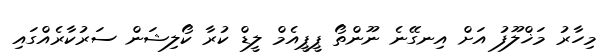
މިހާރު މަޚްލޫފު އަށް އިނގޭނެ ނޫންތޯ ޕީޕީއެމް ލީޑް ކުރާ ކޯލިޝަން ސަރުކާރެއްގައި